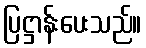
ပြဋ္ဌာန်းပေးသည်။